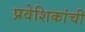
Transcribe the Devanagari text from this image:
प्रवेशिकांची